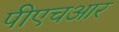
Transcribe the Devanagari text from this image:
पीएचआर